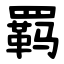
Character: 羁